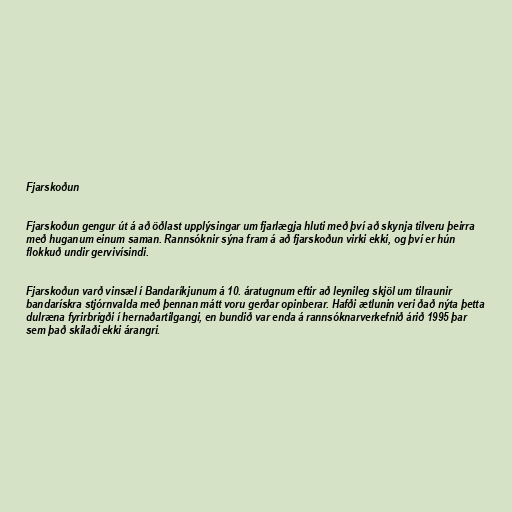
Fjarskoðun

Fjarskoðun gengur út á að öðlast upplýsingar um fjarlægja hluti með því að skynja tilveru þeirra
með huganum einum saman. Rannsóknir sýna fram á að fjarskoðun virki ekki, og því er hún
flokkuð undir gervivísindi.

Fjarskoðun varð vinsæl í Bandaríkjunum á 10. áratugnum eftir að leynileg skjöl um tilraunir
bandarískra stjórnvalda með þennan mátt voru gerðar opinberar. Hafði ætlunin veri ðað nýta þetta
dulræna fyrirbrigði í hernaðartilgangi, en bundið var enda á rannsóknarverkefnið árið 1995 þar
sem það skilaði ekki árangri.